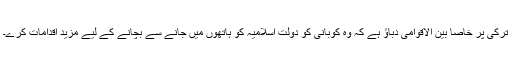
ترکی پر خاصا بین الاقوامی دباؤ ہے کہ وہ کوبانی کو دولتِ اسلامیہ کو ہاتھوں میں جانے سے بچانے کے لیے مزید اقدامات کرے۔